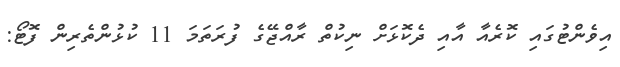
އިވެންޓުގައި ކޮރެއާ އާއި ދެކޮޅަށް ނިކުތް ރާއްޖޭގެ ފުރަތަމަ 11 ކުޅުންތެރިން ފޮޓޯ: